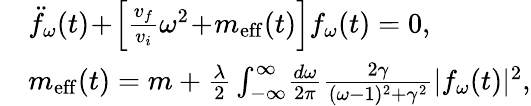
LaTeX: \begin{array}{rl}&{\ddot{f}_{\omega}(t)\! +\! \Big[\frac{v_{f}}{v_{i}}\omega^{2}\! +\! m_{\mathrm{eff}}(t)\Big]f_{\omega}(t)=0,}\\ &{m_{\mathrm{eff}}(t)=m+\frac{\lambda}{2}\int_{-\infty}^{\infty}\! \frac{d\omega}{2\pi}\frac{2\gamma}{(\omega-1)^{2}+\gamma^{2}}|f_{\omega}(t)|^{2},}\end{array}